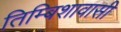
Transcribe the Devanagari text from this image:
तिम्बिशावासी